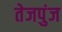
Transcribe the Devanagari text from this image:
तेजपुंज